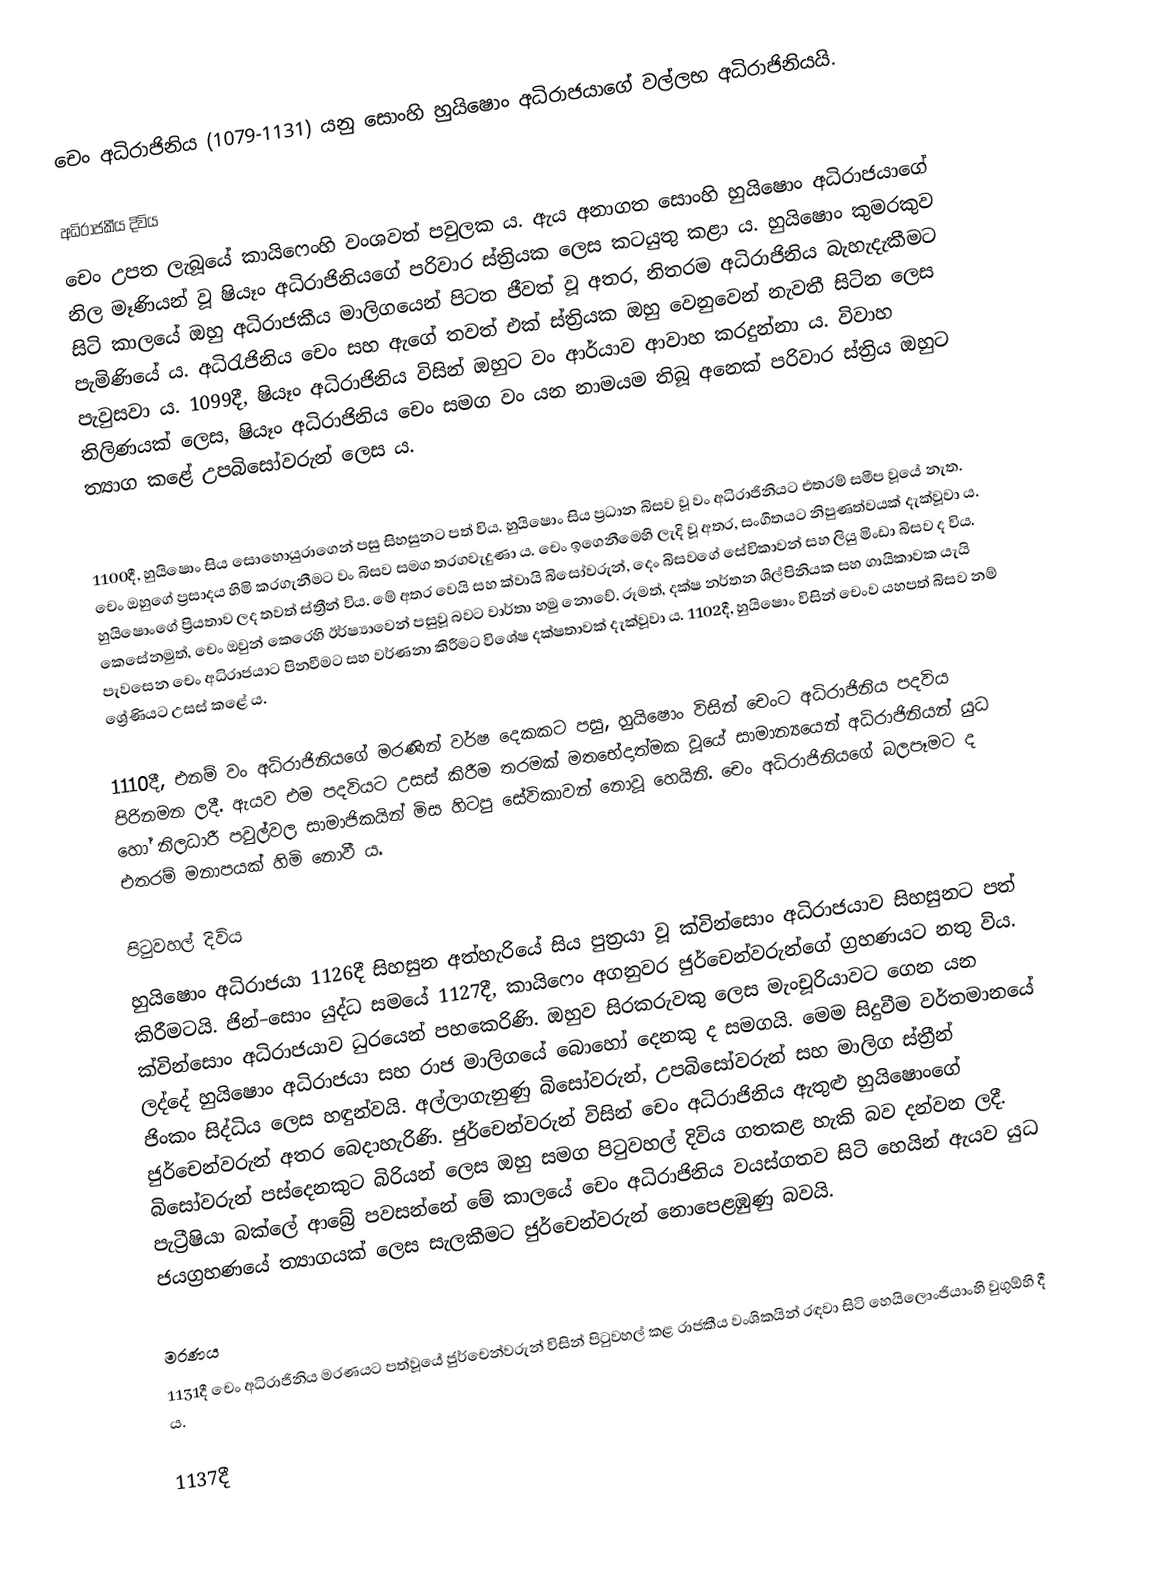
චෙං අධිරාජිනිය (1079-1131) යනු සොංහි හුයිෂොං අධිරාජයාගේ වල්ලභ අධිරාජිනියයි.

අධිරාජකීය දිවිය
චෙං උපත ලැබූයේ කායිෆෙංහි වංශවත් පවුලක ය. ඇය අනාගත සොංහි හුයිෂොං අධිරාජයාගේ නිල මෑණියන් වූ ෂියෑං අධිරාජිනියගේ පරිවාර ස්ත්‍රියක ලෙස කටයුතු කළා ය. හුයිෂොං කුමරකුව සිටි කාලයේ ඔහු අධිරාජකීය මාලිගයෙන් පිටත ජීවත් වූ අතර, නිතරම අධිරාජිනිය බැහැදැකීමට පැමිණියේ ය. අධිරැජිනිය චෙං සහ ඇගේ තවත් එක් ස්ත්‍රියක ඔහු වෙනුවෙන් නැවතී සිටින ලෙස පැවුසවා ය. 1099දී, ෂියෑං අධිරාජිනිය විසින් ඔහුට වං ආර්යාව ආවාහ කරදුන්නා ය. විවාහ තිලිණයක් ලෙස, ෂියෑං අධිරාජිනිය චෙං සමග වං යන නාමයම තිබූ අනෙක් පරිවාර ස්ත්‍රිය ඔහුට ත්‍යාග කළේ උපබිසෝවරුන් ලෙස ය.

1100දී, හුයිෂොං සිය සොහොයුරාගෙන් පසු සිහසුනට පත් විය. හුයිෂොං සිය ප්‍රධාන බිසව වූ වං අධිරාජිනියට එතරම් සමීප වූයේ නැත. චෙං ඔහුගේ ප්‍රසාදය හිමි කරගැනීමට වං බිසව සමග තරගවැදුණා ය. චෙං ඉගෙනීමෙහි ලැදි වූ අතර, සංගීතයට නිපුණත්වයක් දැක්වූවා ය. හුයිෂොංගේ ප්‍රියතාව ලද තවත් ස්ත්‍රීන් විය. මේ අතර වෙයි සහ ක්වායි බිසෝවරුන්, දෙං බිසවගේ සේවිකාවන් සහ ලියු මිංඩා බිසව ද විය. කෙසේනමුත්, චෙං ඔවුන් කෙරෙහි ඊර්ෂ්‍යාවෙන් පසුවූ බවට වාර්තා හමු නොවේ. රූමත්, දක්ෂ නර්තන ශිල්පිනියක සහ ගායිකාවක යැයි පැවසෙන චෙං අධිරාජයාට පිනවීමට සහ වර්ණනා කිරීමට විශේෂ දක්ෂතාවක් දැක්වූවා ය.  1102දී, හුයිෂොං විසින් චෙංව යහපත් බිසව නම් ශ්‍රේණියට උසස් කළේ ය.

1110දී, එනම් වං අධිරාජිනියගේ මරණින් වර්ෂ දෙකකට පසු, හුයිෂොං විසින් චෙංට අධිරාජිනිය පදවිය පිරිනමන ලදී. ඇයව එම පදවියට උසස් කිරීම තරමක් මතභේදාත්මක වූයේ සාමාන්‍යයෙන් අධිරාජිනියන් යුධ හෝ නිලධාරී පවුල්වල සාමාජිකයින් මිස හිටපු සේවිකාවන් නොවූ හෙයිනි. චෙං අධිරාජිනියගේ බලපෑමට ද එතරම් මනාපයක් හිමි නොවී ය.

පිටුවහල් දිවිය
හුයිෂොං අධිරාජයා 1126දී සිහසුන අත්හැරියේ සිය පුත්‍රයා වූ ක්වින්සොං අධිරාජයාව සිහසුනට පත් කිරීමටයි. ජින්–සොං යුද්ධ සමයේ 1127දී, කායිෆෙං අගනුවර ජුර්චෙන්වරුන්ගේ ග්‍රහණයට නතු විය. ක්වින්සොං අධිරාජයාව ධුරයෙන් පහකෙරිණි. ඔහුව සිරකරුවකු ලෙස මැංචූරියාවට ගෙන යන ලද්දේ හුයිෂොං අධිරාජයා සහ රාජ මාලිගයේ බොහෝ දෙනකු ද සමගයි. මෙම සිදුවීම වර්තමානයේ ජිංකං සිද්ධිය ලෙස හඳුන්වයි. අල්ලාගැනුණු බිසෝවරුන්, උපබිසෝවරුන් සහ මාලිග ස්ත්‍රීන් ජුර්චෙන්වරුන් අතර බෙදාහැරිණි. ජුර්චෙන්වරුන් විසින් චෙං අධිරාජිනිය ඇතුළු හුයිෂොංගේ බිසෝවරුන් පස්දෙනකුට බිරියන් ලෙස ඔහු සමග පිටුවහල් දිවිය ගතකළ හැකි බව දන්වන ලදී. පැට්‍රීෂියා බක්ලේ ආබ්‍රේ පවසන්නේ මේ කාලයේ චෙං අධිරාජිනිය වයස්ගතව සිටි හෙයින් ඇයව යුධ ජයග්‍රහණයේ ත්‍යාගයක් ලෙස සැලකීමට ජුර්චෙන්වරුන් නොපෙළඹුණු බවයි.

මරණය
1131දී චෙං අධිරාජිනිය මරණයට පත්වූයේ ජුර්චෙන්වරුන් විසින් පිටුවහල් කළ රාජකීය වංශිකයින් රඳවා සිටි හෙයිලොංජියාංහි වුගුඕහි දී ය.

1137දී